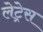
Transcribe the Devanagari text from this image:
लेट्रेस